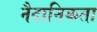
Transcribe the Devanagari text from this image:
नैदानिकता